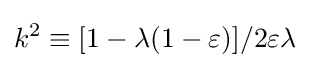
k^{2}\equiv [1-\lambda (1-\varepsilon )]/2\varepsilon \lambda